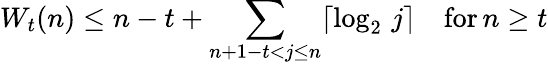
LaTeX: W_{t}(n)\leq n-t+\sum_{n+1-t<j\leq n}\lceil{\log_{2}\, j}\rceil\quad{\mathrm{for}}\, n\geq t